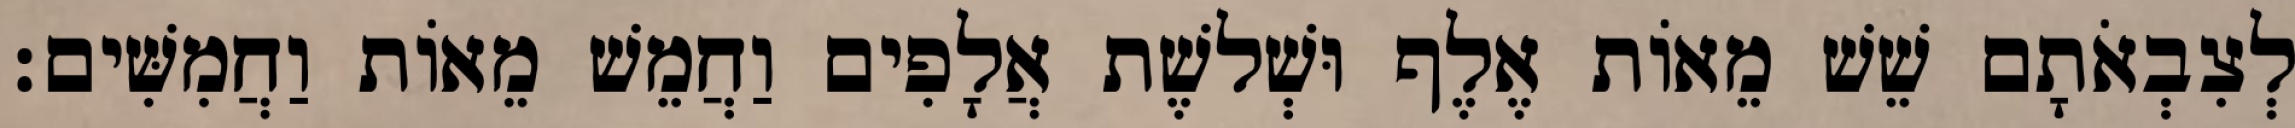
לְצִבְאֹתָם שֵׁשׁ מֵאוֹת אֶלֶף וּשְׁלשֶׁת אֲלָפִים וַחֲמֵשׁ מֵאוֹת וַחֲמִשִּׁים׃